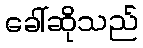
ခေါ်ဆိုသည်